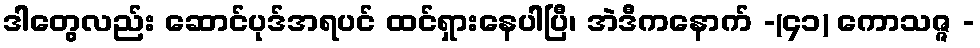
ဒါတွေလည်း ဆောင်ပုဒ်အရပင် ထင်ရှားနေပါပြီ၊ အဲဒီကနောက် -(၄၁) ကောသဇ္ဇ -